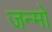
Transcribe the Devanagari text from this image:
जन्मो